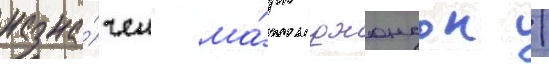
назна́чен ма́рк джонсон /